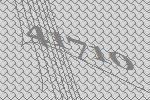
41710